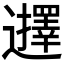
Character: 𮟢